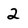
Character: 2